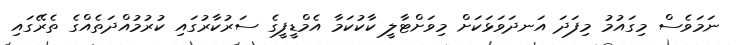
ނަމަވެސް މިގައުމު މިފަދަ އަނދަވަޅަކަށް މިވަށްޓާލީ ކާކުކަމާ އެމްޑީފީގެ ސަރުކާރުގައި ކުރުމުއްދަތެއްގެ ތެރޭގައި